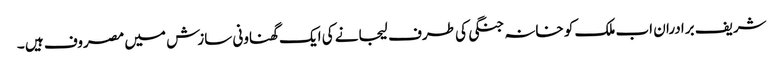
شریف برادران اب ملک کو خانہ جنگی کی طرف لیجانے کی ایک گھناونی سازش میں مصروف ہیں ۔